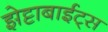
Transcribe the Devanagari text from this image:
झेट्टाबाईट्स